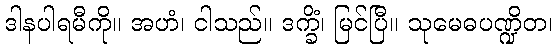
ဒါနပါရမီကို။ အဟံ၊ ငါသည်။ ဒက္ခိံ၊ မြင်ပြီ။ သုမေဓပဏ္ဍိတ၊